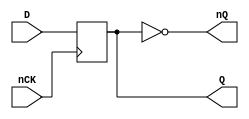
// This program was cloned from: https://github.com/furrtek/Neogeo_MiSTer_old
// License: GNU General Public License v2.0

// NeoGeo logic definition
// Copyright (C) 2018 Sean Gonsalves
//
// This program is free software: you can redistribute it and/or modify
// it under the terms of the GNU General Public License as published by
// the Free Software Foundation, either version 3 of the License, or
// (at your option) any later version.
//
// This program is distributed in the hope that it will be useful,
// but WITHOUT ANY WARRANTY; without even the implied warranty of
// MERCHANTABILITY or FITNESS FOR A PARTICULAR PURPOSE.  See the
// GNU General Public License for more details.
//
// You should have received a copy of the GNU General Public License
// along with this program.  If not, see <https://www.gnu.org/licenses/>.

module FD2(
	input nCK,
	input D,
	output reg Q,
	output nQ
);

	always @(negedge nCK)
		Q <= #1 D;
	
	assign nQ = ~Q;

endmodule